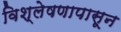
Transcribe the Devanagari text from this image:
विश्लेषणापासून